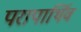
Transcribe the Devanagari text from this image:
परापार्थिव